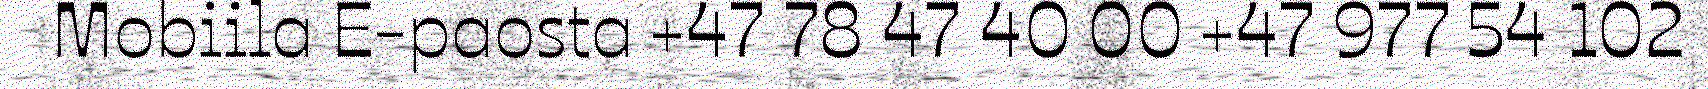
Mobiila E-paosta +47 78 47 40 00 +47 977 54 102